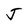
Character: J